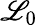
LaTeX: \mathscr{L}_{0}